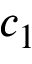
c _ { 1 }